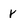
Character: r